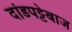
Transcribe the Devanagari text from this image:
दांडपट्टेबाज